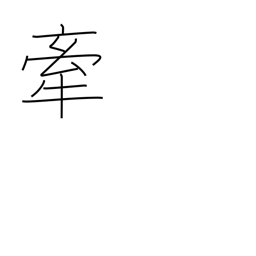
Meaning: drag